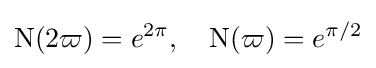
\operatorname {N} (2\varpi )=e^{2\pi },\quad \operatorname {N} (\varpi )=e^{\pi /2}